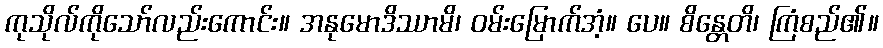
ကုသိုလ်ကိုသော်လည်းကောင်း။ အနုမောဒိဿာမိ၊ ဝမ်းမြောက်အံ့။ ပေ။ စိန္တေတိ၊ ကြံစည်၏။